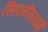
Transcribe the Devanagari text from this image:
सिफनियाई